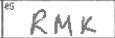
Transcription: RMK